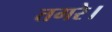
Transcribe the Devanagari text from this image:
तगरे।